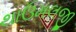
થાઉમલજી